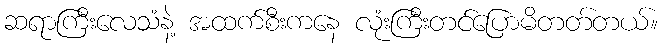
ဆရာကြီးလေသံနဲ့ အထက်စီးကနေ လုံးကြီးတင်ပြောမိတတ်တယ်။